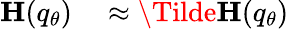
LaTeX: \begin{array}{rl}{\mathbf{H}(q_{\theta})}&{{}\approx\mathbf{\Tilde{H}}(q_{\theta})}\end{array}